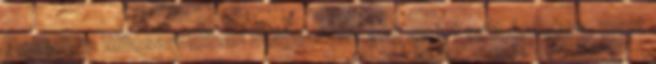
Pesten, a Műcsarnokban dolgoztam, ami azért volt érdekes, mert